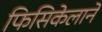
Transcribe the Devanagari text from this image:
फिसिकेलाने